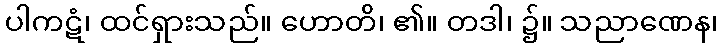
ပါကဋံ၊ ထင်ရှားသည်။ ဟောတိ၊ ၏။ တဒါ၊ ၌။ သညာဏေန၊